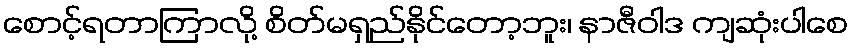
စောင့်ရတာကြာလို့ စိတ်မရှည်နိုင်တော့ဘူး၊ နာဇီဝါဒ ကျဆုံးပါစေ